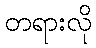
တရားလို